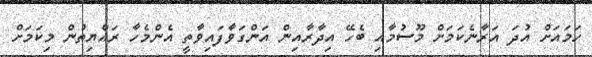
ހަމައަށް އުދަ އަރާނެކަމަށް މޫސުމާއި ބެހޭ އިދާރާއިން އަންގަވާފައިވާތީ އެންމެހާ ރައްޔިތުން މިކަމަށް